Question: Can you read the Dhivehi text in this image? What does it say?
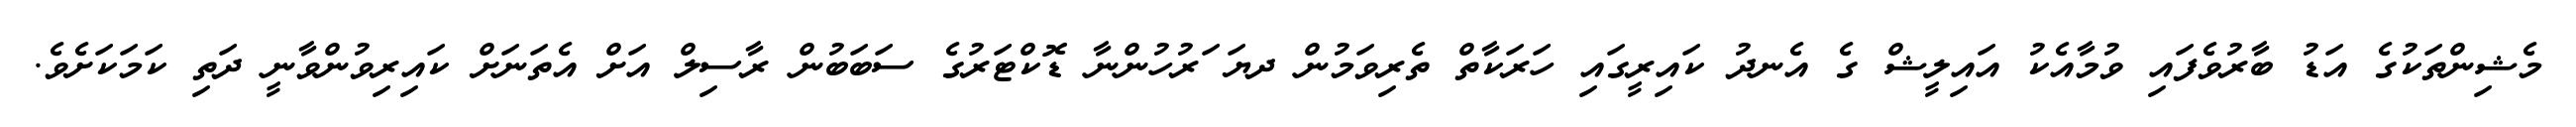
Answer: މެޝިންތަކުގެ އަޑު ބާރުވެފައި ވުމާއެކު އައިލީޝް ގެ އެނދު ކައިރީގައި ހަރަކާތް ތެރިވަމުން ދޔަ ަރުހުންނާ ޑޮކްޓަރުގެ ސަބަބުން ރާސިލް އަށް އެތަނަށް ކައިރިވުންވާނީ ދަތި ކަމަކަށެވެ.